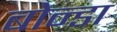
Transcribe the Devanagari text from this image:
बोन्डा